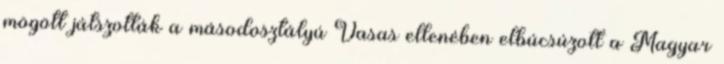
mögött játszották a másodosztályú Vasas ellenében elbúcsúzott a Magyar